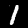
Digit: 1